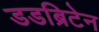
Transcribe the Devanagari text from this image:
डडब्रिटेन